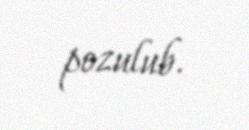
pozulub.